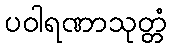
ပဝါရဏာသုတ္တံ